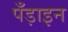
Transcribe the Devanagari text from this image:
पँड़ाइन